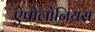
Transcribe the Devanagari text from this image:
ऐपोलोनियस